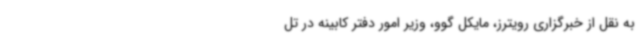
به نقل از خبرگزاری رویترز، مایکل گوو، وزیر امور دفتر کابینه در تل